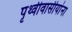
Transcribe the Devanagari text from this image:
पृथ्वीवासीयांना